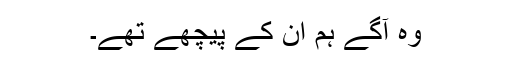
وہ آگے ہم ان کے پیچھے تھے۔